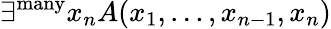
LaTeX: \exists^{\mathrm{many}}x_{n}A(x_{1},\ldots,x_{n-1},x_{n})